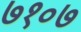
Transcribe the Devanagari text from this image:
७१०७